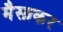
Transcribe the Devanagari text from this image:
मैसाकर